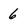
Character: 6